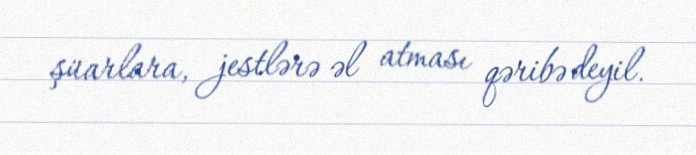
şüarlara, jestlərə əl atması qəribə deyil.